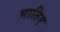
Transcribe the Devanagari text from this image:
भातिए